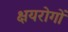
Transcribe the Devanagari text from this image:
क्षयरोगों